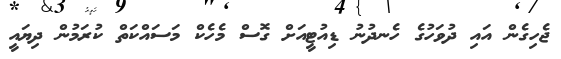
ޖެހިގެން އައި ދުވަހުގެ ހެނދުނު ޑިއުޓީއަށް ގޮސް މެހެކް މަސައްކަތް ކުރަމުން ދިޔައީ